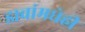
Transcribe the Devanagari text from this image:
डावांमधेही